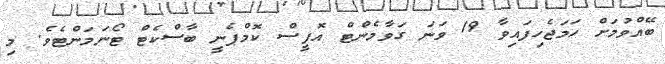
ބޭއްވުމަށް ހަމަޖެހިފައިވާ 19 ވަނަ ގަވާމެންޓް އޮފީސް ކޮމްޕެނީ ބާސްކެޓް ޓޯނަމަންޓެވެ. މި